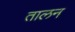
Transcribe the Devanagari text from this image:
तालन